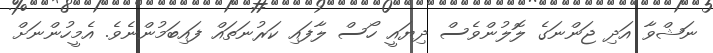
ނަޝްވާ އަދި ޖަންނަގެ ލޮލުންވެސް ދިޔައީ ހޯސް ލާފައި ކަރުނަތައް ފައިބަމުންނެވެ. އެމީހުންނަށް